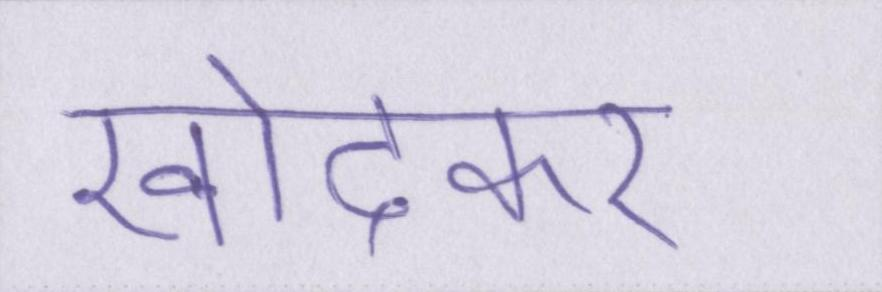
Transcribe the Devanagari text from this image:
खोदकर